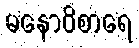
မနောဝိစာရေ